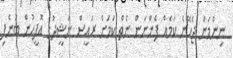
ނިންމަން ޖެހޭނެ ކަމެއް ފެންނަން ނެތް ކަމަށް ރައީސް ނަޝީދުގެ އޮފީހުން ބުނެފި